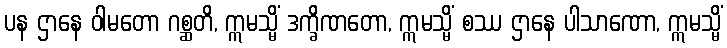
ပန ဌာနေ ဝါမတော ဂစ္ဆတိ, ဣမသ္မိံ ဒက္ခိဏတော, ဣမသ္မိံ စဿ ဌာနေ ပါသာဏော, ဣမသ္မိံ